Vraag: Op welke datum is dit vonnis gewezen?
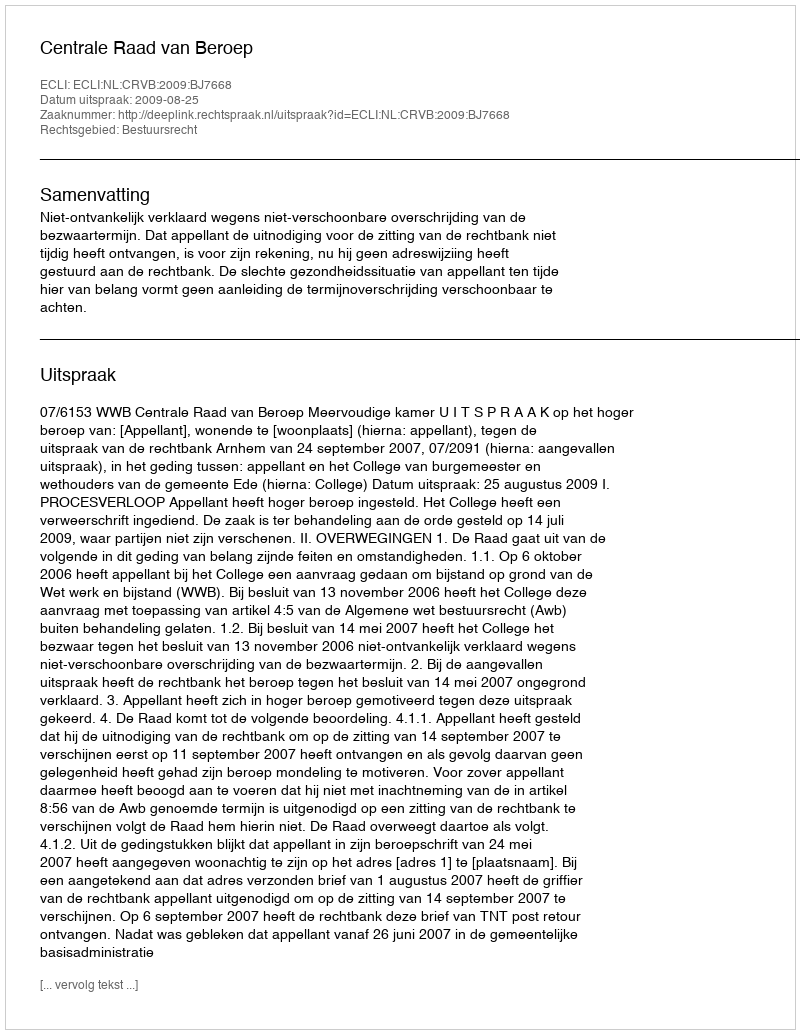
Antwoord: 2009-08-25